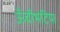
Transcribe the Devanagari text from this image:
ऊँचीभटिया